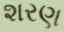
શરણ